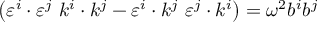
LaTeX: \left( \varepsilon ^ { i } \cdot \varepsilon ^ { j } ~ k ^ { i } \cdot k ^ { j } - \varepsilon ^ { i } \cdot k ^ { j } ~ \varepsilon ^ { j } \cdot k ^ { i } \right) = \omega ^ { 2 } b ^ { i } b ^ { j }